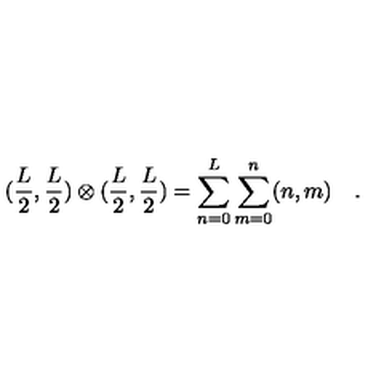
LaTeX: ( \frac { L } { 2 } , \frac { L } { 2 } ) \otimes ( \frac { L } { 2 } , \frac { L } { 2 } ) = \sum _ { n = 0 } ^ { L } \sum _ { m = 0 } ^ { n } ( n , m ) \quad .